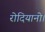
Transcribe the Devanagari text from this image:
रोदियानो।